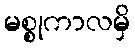
မစ္စုကာလမှိ